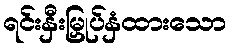
ရင်းနှီးမြှုပ်နှံထားသော